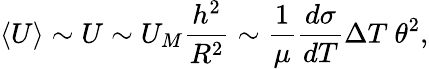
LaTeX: \left<U\right>\sim U\sim U_{M}{\frac{h^{2}}{R^{2}}}\sim{\frac{1}{\mu}}{\frac{d\sigma}{dT}}\Delta T\ \theta^{2},